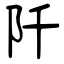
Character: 阡